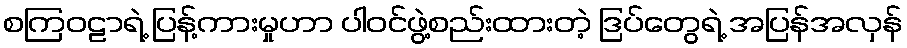
စကြဝဠာရဲ့ ပြန့်ကားမှုဟာ ပါဝင်ဖွဲ့စည်းထားတဲ့ ဒြပ်တွေရဲ့ အပြန်အလှန်